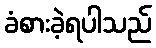
ခံစားခဲ့ရပါသည်